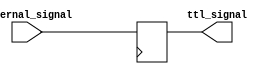
module io_block_TTL (
    input wire internal_signal,
    output reg ttl_signal
);

always @ (posedge internal_clk) begin
    ttl_signal <= internal_signal;
end

endmodule